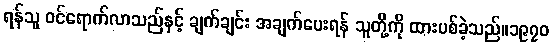
ရန်သူ ဝင်ရောက်လာသည်နှင့် ချက်ချင်း အချက်ပေးရန် သူတို့ကို ထားပစ်ခဲ့သည်။၁၉၇၀